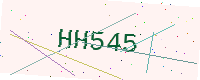
Text: HH545